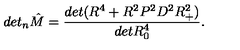
d e t _ { n } { \hat { M } } = \frac { d e t ( R ^ { 4 } + R ^ { 2 } P ^ { 2 } D ^ { 2 } R _ { + } ^ { 2 } ) } { d e t R _ { 0 } ^ { 4 } } .